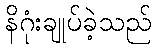
နိဂုံးချုပ်ခဲ့သည်